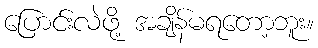
ပြောင်းလဲဖို့ အချိန်မရတော့ဘူး။